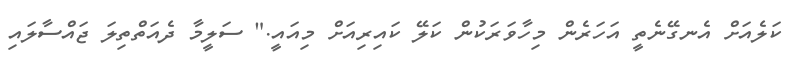
ކަލެއަށް އެނގޭނެތީ އަހަރެން މިހާވަރަކުން ކަލޭ ކައިރިއަށް މިއައީ." ސަލީމާ ދެއަތްތިލަ ޖައްސާލައި